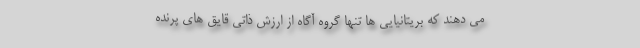
می دهند که بریتانیایی ها تنها گروه آگاه از ارزش ذاتی قایق های پرنده